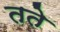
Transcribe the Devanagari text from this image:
तते